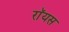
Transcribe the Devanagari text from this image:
राॅयस